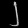
Digit: ၂